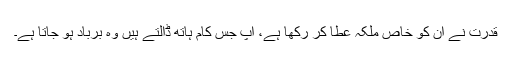
قدرت نے اُن کو خاص ملکہ عطا کر رکھا ہے، آپ جس کام ہاتھ ڈالتے ہیں وہ برباد ہو جاتا ہے۔